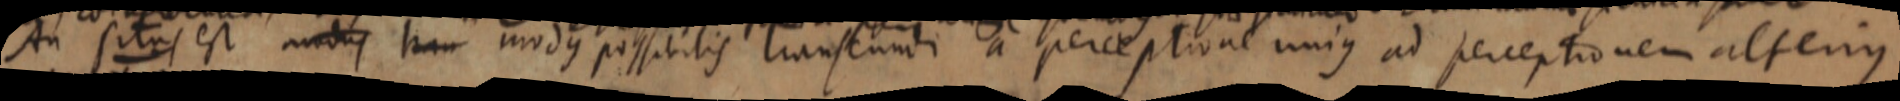
An situs est modus tran modus possitilis transcundi a perceptione unique ad perceptionem alterius